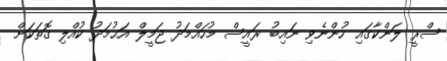
ސްރީ ލަންކާގައި ހުންނެވި ނައިބު ރައީސް މުހައްމަދު ޖަމީލް އަޙުމަދު ކުއްލި ގޮތަކަށް